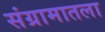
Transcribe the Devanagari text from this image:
संग्रामातला